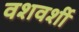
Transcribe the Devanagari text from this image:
वशवर्शी